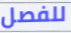
للفصل